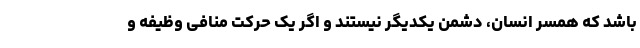
باشد که همسر انسان، دشمن یکدیگر نیستند و اگر یک حرکت منافی وظیفه و